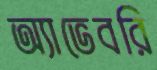
অ্যাভেবরি